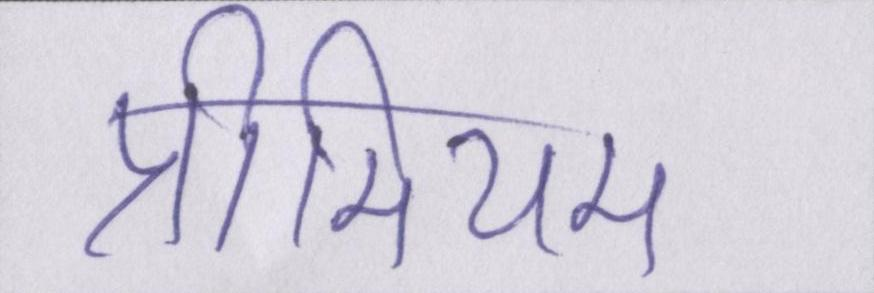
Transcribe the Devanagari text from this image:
प्रीमियम